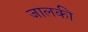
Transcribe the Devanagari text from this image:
जालकी